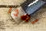
لهذا